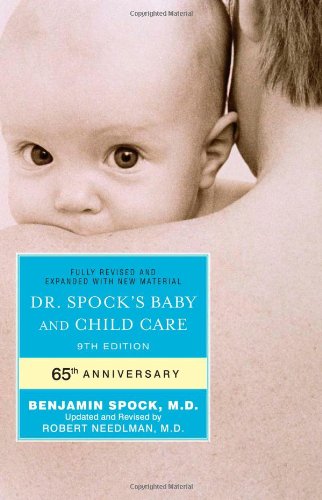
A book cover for Dr. Spock's Baby and Child Care: 9th Edition; Benjamin Spock; Parenting & Relationships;